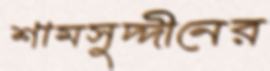
শামসুদ্দীনের